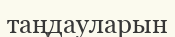
таңдауларын